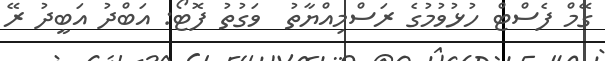
ގޭމް ފެސްޓް ހުޅުވުމުގެ ރަސްމިއްޔާތު  ވަގުތު ފޮޓޯ: އަބްދު އަބީދު ރޭ